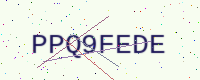
Text: PPQ9FEDE